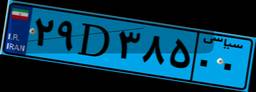
۵۷D۲۲۳۹۸